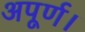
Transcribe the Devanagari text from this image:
अपूर्ण।